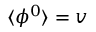
\langle \phi ^ { 0 } \rangle = v